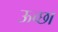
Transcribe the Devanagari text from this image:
ऊच्छा